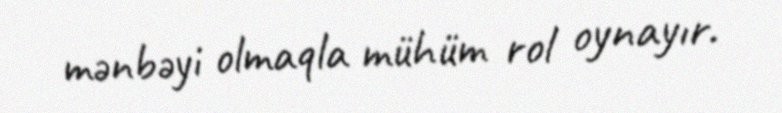
mənbəyi olmaqla mühüm rol oynayır.